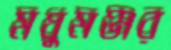
মধুমঞ্জর